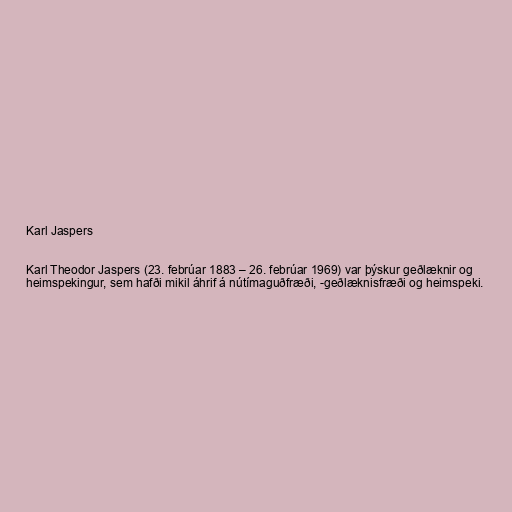
Karl Jaspers

Karl Theodor Jaspers (23. febrúar 1883 – 26. febrúar 1969) var þýskur geðlæknir og
heimspekingur, sem hafði mikil áhrif á nútímaguðfræði, -geðlæknisfræði og heimspeki.